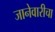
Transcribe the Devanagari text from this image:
जानेवारीचा